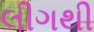
લીગથી